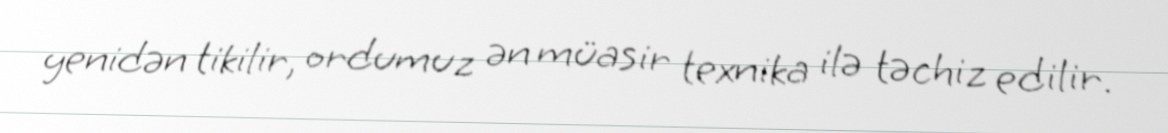
yenidən tikilir, ordumuz ən müasir texnika ilə təchiz edilir.